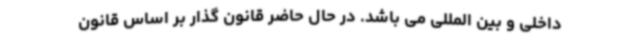
داخلی و بین المللی می باشد. در حال حاضر قانون گذار بر اساس قانون